Vaccination in Bombay 1869-1873 - 1869-1873
Year: 1869
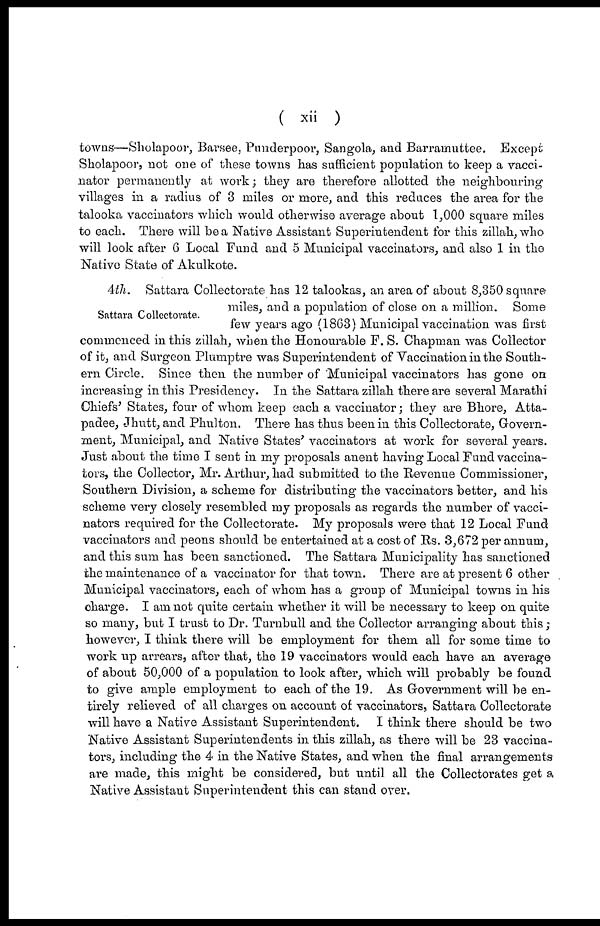
( xii )
towns—Sholapoor, Barsee, Punderpoor, Sangola, and Barramuttee. Except
Sholapoor, not one of these towns has sufficient population to keep a vacci-
nator permanently at work; they are therefore allotted the neighbouring
villages in a radius of 3 miles or more, and this reduces the area for the
talooka vaccinators which would otherwise average about 1,000 square miles
to each. There will be a Native Assistant Superintendent for this zillah, who
will look after 6 Local Fund and 5 Municipal vaccinators, and also 1 in the
Native State of Akulkote.
Sattara Collectorate.
4th. Sattara Collectorate has 12 talookas, an area of about 8,350 square
miles, and a population of close on a million. Some
few years ago (1863) Municipal vaccination was first
commenced in this zillah, when the Honourable F. S. Chapman was Collector
of it, and Surgeon Plumptre was Superintendent of Vaccination in the South-
ern Circle. Since then the number of Municipal vaccinators has gone on
increasing in this Presidency. In the Sattara zillah there are several Marathi
Chiefs' States, four of whom keep each a vaccinator; they are Bhore, Atta-
padee, Jhutt, and Phulton. There has thus been in this Collectorate, Govern-
ment, Municipal, and Native States' vaccinators at work for several years.
Just about the time I sent in my proposals anent having Local Fund vaccina-
tors, the Collector, Mr. Arthur, had submitted to the Revenue Commissioner,
Southern Division, a scheme for distributing the vaccinators better, and his
scheme very closely resembled my proposals as regards the number of vacci-
nators required for the Collectorate. My proposals were that 12 Local Fund
vaccinators and peons should be entertained at a cost of Us. 3,672 per annum,
and this sum has been sanctioned. The Sattara Municipality has sanctioned
the maintenance of a vaccinator for that town. There are at present 6 other
Municipal vaccinators, each of whom has a group of Municipal towns in his
charge. I am not quite certain whether it will be necessary to keep on quite
so many, but I trust to Dr. Turnbull and the Collector arranging about this;
however, I think there will be employment for them all for some time to
work up arrears, after that, the 19 vaccinators would each have an average
of about 50,000 of a population to look after, which will probably be found
to give ample employment to each of the 19. As Government will be en-
tirely relieved of all charges on account of vaccinators, Sattara Collectorate
will have a Native Assistant Superintendent. I think there should be two
Native Assistant Superintendents in this zillah, as there will be 23 vaccina-
tors, including the 4 in the Native States, and when the final arrangements
are made, this might be considered, but until all the Collectorates get a
Native Assistant Superintendent this can stand over.